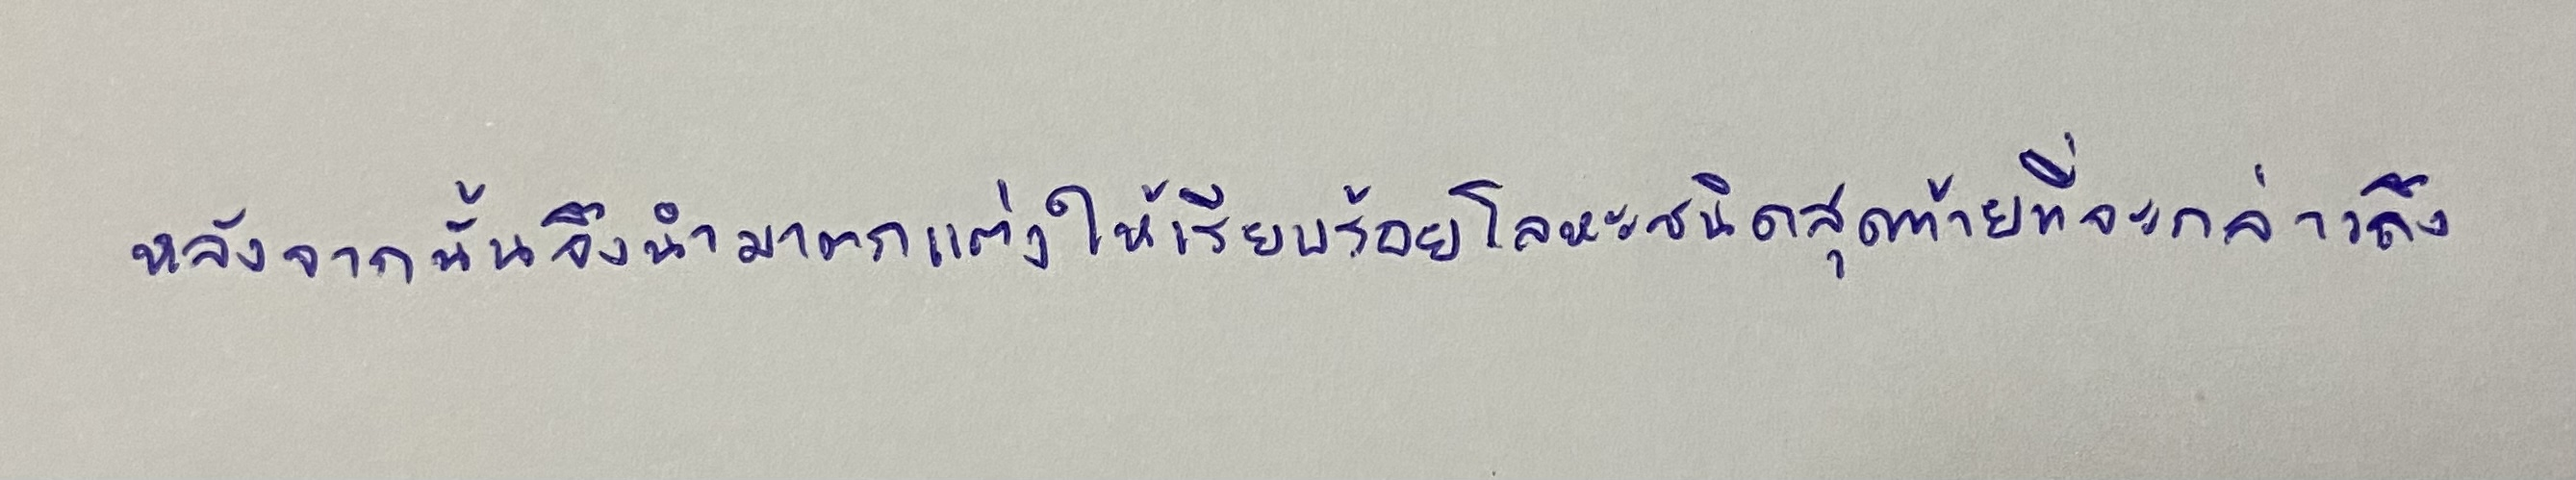
หลังจากนั้นจึงนำมาตกแต่งให้เรียบร้อยโลหะชนิดสุดท้ายที่จะกล่าวถึง